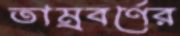
তাম্রবর্ণের